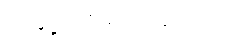
တချို့ ဒဏ်ရာ ရခဲ့တယ်။